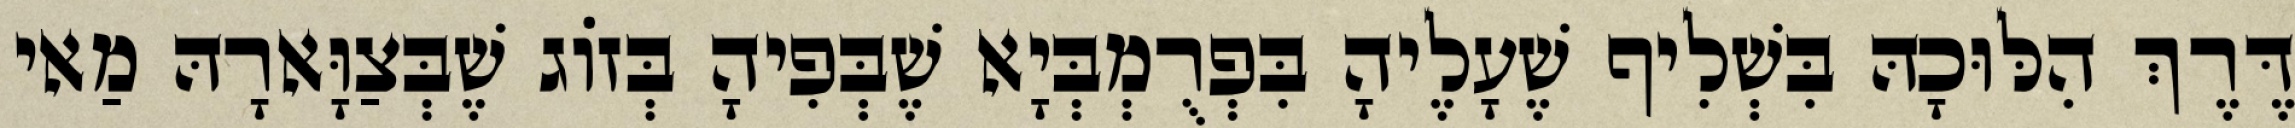
דֶּרֶךְ הִלּוּכָהּ בִּשְׁלִיף שֶׁעָלֶיהָ בִּפְרֻמְבְּיָא שֶׁבְּפִיהָ בְּזוֹג שֶׁבְּצַוָּארָהּ מַאי